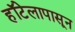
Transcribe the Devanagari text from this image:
हॉटेलापासून